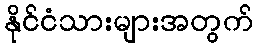
နိုင်ငံသားများအတွက်